Mental hospitals Bombay report 1929-33 - 1929-1933
Year: 1929
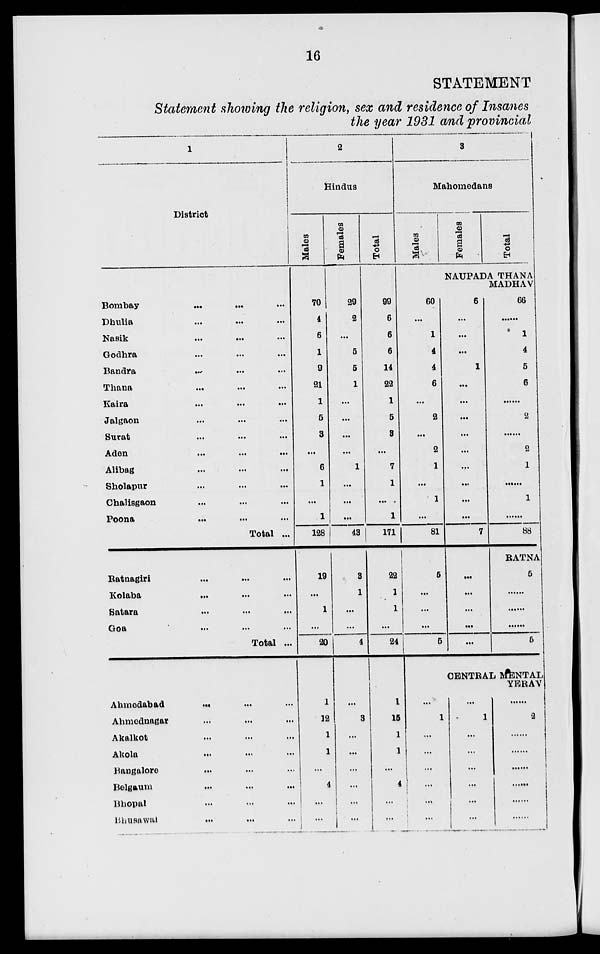
16
STATEMENT
Statement showing the religion, sex and residence of Insanes
the year 1931 and provincial
1
District
Bombay
...
...
...
Dhulia ... ... ...
Nasik
...
...
...
Godhra ... ... ...
Bandra
...
...
...
Thana ... ... ...
Kaira ... ... ...
Jalgaon ... ... ...
Surat ... ... ...
Aden
...
...
...
Alibag
...
...
...
Sholapur
...
...
...
Chalisgaon ... ... ...
Poona
...
...
...
Total ...
Ratnagiri ... ... ...
Kolaba ... ... ...
Satara ... ... ...
Goa ... ... ...
Total ...
Ahmedabad
...
...
...
Ahmednagar ... ... ...
Akalkot ... ... ...
Akola ... ... ...
Bangalore ... ... ...
Belgaum ... ... ...
Bhopal ... ... ...
Bhusawal ... ... ...
2
Hindus
Males
70
4
6
1
9
21
1
5
3
...
6
1
...
1
128
19
...
1
...
20
1
12
1
1
...
4
...
...
Females
29
2
...
5
5
1
...
...
...
...
1
...
...
...
43
3
1
...
...
4
...
3
...
...
...
...
...
...
Total
99
6
6
6
14
22
1
5
3
...
7
1
...
1
171
22
1
1
...
24
1
15
1
1
...
4
...
...
3
Mahomedans
Males
60
...
1
4
4
6
...
2
...
2
1
...
1
...
81
5
...
...
...
5
...
1
...
...
...
...
...
...
Females
Total
NAUPADA THANA
MADHAV
6
...
...
...
1
...
...
...
...
...
...
...
...
...
7
...
...
...
...
...
66
......
1
4
5
6
......
2
......
2
1
......
1
...
88
RATNA
5
......
......
......
5
CENTRAL MENTAL
YERAV
...
1
...
...
...
...
...
...
......
2
......
......
......
......
......
......